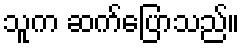
သူက ဆက်ပြောသည်။